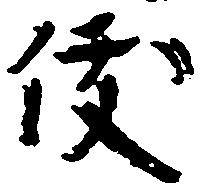
俊